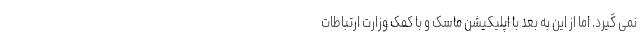
نمی گیرد. اما از این به بعد با اپلیکیشن ماسک و با کمک وزارت ارتباطات